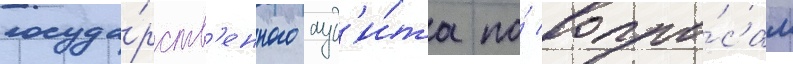
госуда́рств'енного ауд'и́та по́ вопро́сам